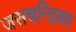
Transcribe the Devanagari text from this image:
जसचन्द्रिका